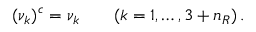
( \nu _ { k } ) ^ { c } = \nu _ { k } \qquad ( k = 1 , \ldots , 3 + n _ { R } ) \, .